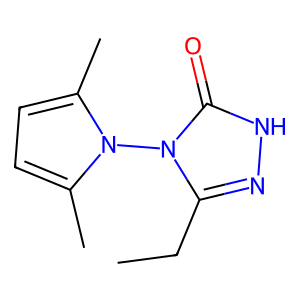
SMILES: CCc1n[nH]c(=O)n1-n1c(C)ccc1C
Inhibits HIV replication: No